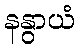
နနွာယံ